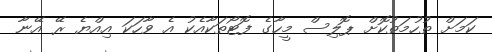
ކަމަށް ތުހުމަތުކޮށް ޕޮލިސް މީހާގެ ފޮޓޯތަކާއެކު އެ ވާހަކަ އިއްޔެ ރޭ އޭނާ